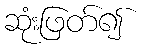
ဆုံးဖြတ်၍